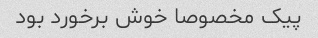
پیک مخصوصا خوش برخورد بود